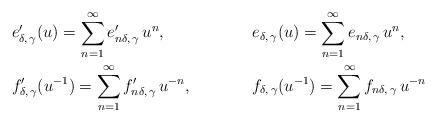
LaTeX: \begin{align*}& e'_{\delta, \, \gamma}(u) = \sum_{n = 1}^\infty e'_{n \delta, \, \gamma} \, u^n, && e_{\delta, \, \gamma}(u) = \sum_{n = 1}^\infty e_{n \delta, \, \gamma} \, u^n, \\& f'_{\delta, \, \gamma}(u^{-1}) = \sum_{n = 1}^\infty f'_{n \delta, \, \gamma} \, u^{- n}, && f_{\delta, \, \gamma}(u^{-1}) = \sum_{n = 1}^\infty f_{n \delta, \, \gamma} \, u^{- n}\end{align*}